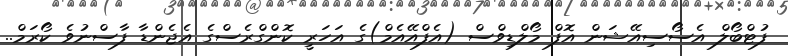
ފުޓްބޯލް އެސޯސިއޭޝަން އޮފް މޯލްޑިވްސް (އެފްއޭއެމް)ގެ އަހަރީ ކޮންގްރެސްގެ އެޖެންޑާ ފާސްނުވެ ކޯރަމް..